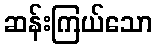
ဆန်းကြယ်သော